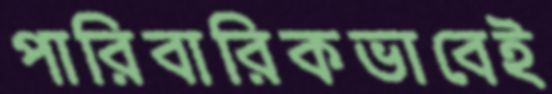
পারিবারিকভাবেই